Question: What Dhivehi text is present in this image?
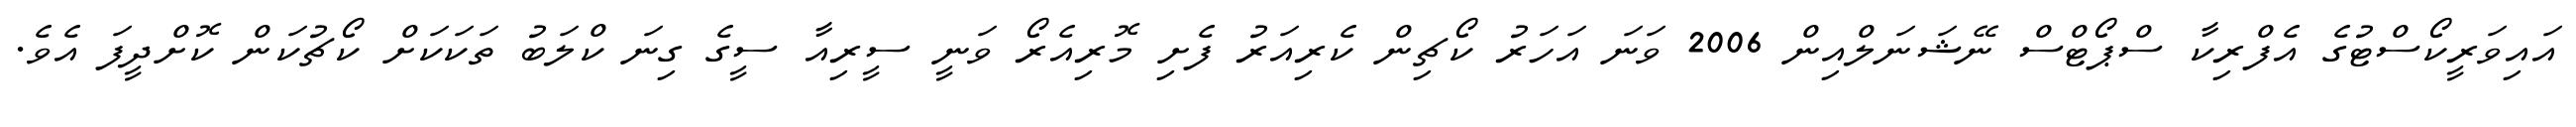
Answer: އައިވަރީކޯސްޓުގެ އެފްރިކާ ސްޕޯޓްސް ނޭޝަނަލްއިން 2006 ވަނަ އަހަރު ކޯޗިން ކެރިއަރު ފެށި މޮރިއެރޯ ވަނީ ސީރިއާ ސީގެ ގިނަ ކްލަބު ތަކަކަށް ކޯޗުކަން ކޮށްދީފަ އެވެ.